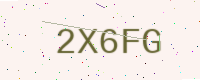
Text: 2X6FG